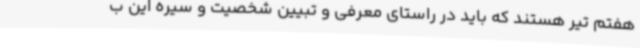
هفتم تیر هستند که باید در راستای معرفی و تبیین شخصیت و سیره این ب